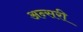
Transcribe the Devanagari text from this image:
अन्सरी